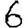
Digit: 6